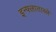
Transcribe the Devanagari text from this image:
इन्फ्लाताब्ले